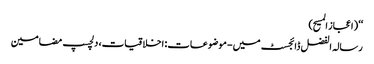
‘‘ (اعجاز المسیح)
رسالہ الفضل ڈائجسٹ میں - موضوعات: اخلاقیات، دلچسپ مضامین